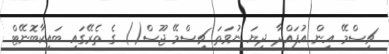
ޗިސްމޭ އިން އުފައްދާ ދިޔަ ނުވަތަ ޗިސްމޭ ޖޫސް() ގެ ތެރޭގައި ބައިކާބޮނޭޓް